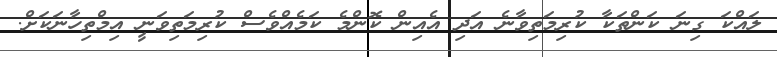
ލައްކަ ގިނަ ކަންތަކާ ކުރިމަތިވާނެ އަދި އެއިން ކޮންމެ ކަމެއްވެސް ކުރިމަތިވަނީ އިމްތިހާނަކަށް.